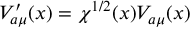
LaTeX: V _ { a \mu } ^ { \prime } ( x ) = \chi ^ { 1 / 2 } ( x ) V _ { a \mu } ( x )